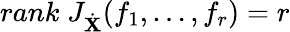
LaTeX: rank\; J_{\dot{\mathbf X}}(f_{1},\dots,f_{r})=r